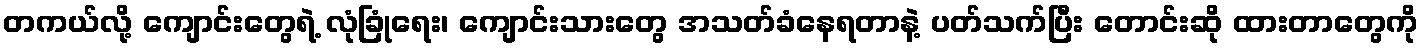
တကယ်လို့ ကျောင်းတွေရဲ့ လုံခြုံရေး၊ ကျောင်းသားတွေ အသတ်ခံနေရတာနဲ့ ပတ်သက်ပြီး တောင်းဆို ထားတာတွေကို